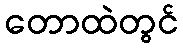
တောထဲတွင်